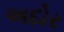
અદોર